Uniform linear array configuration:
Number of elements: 64
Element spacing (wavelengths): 1
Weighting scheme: binomial
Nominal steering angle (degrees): -45
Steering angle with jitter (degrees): -43.836
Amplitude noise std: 0.05
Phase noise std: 0.05

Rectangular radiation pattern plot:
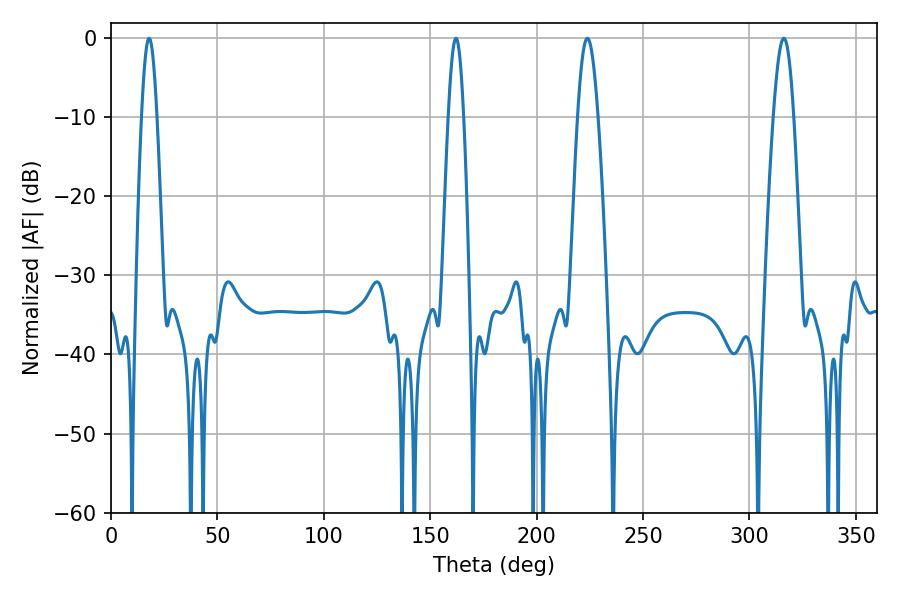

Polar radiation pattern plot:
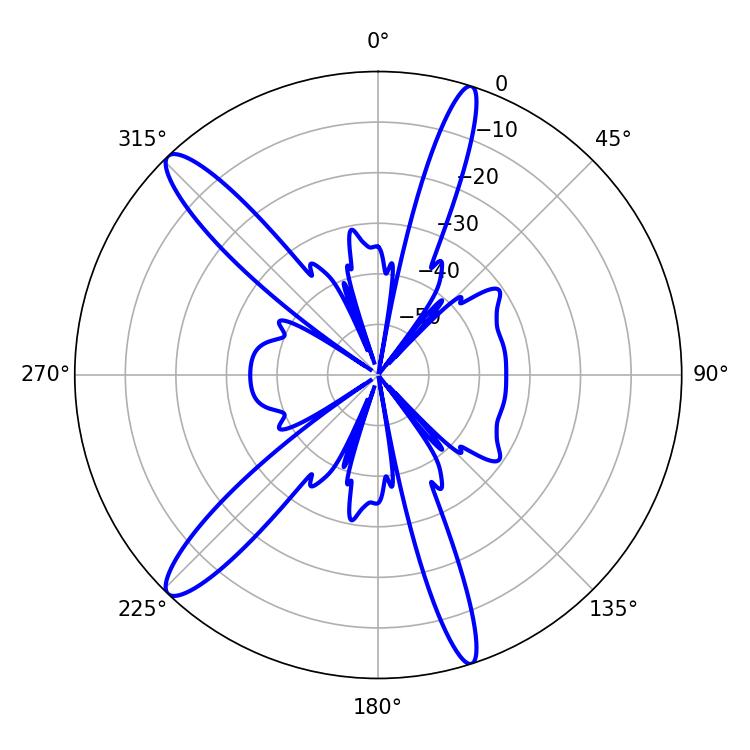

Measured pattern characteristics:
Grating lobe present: TRUE
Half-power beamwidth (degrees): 5.04
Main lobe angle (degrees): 316.08